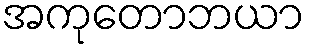
အကုတောဘယာ